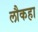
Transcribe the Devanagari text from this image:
लौकहा